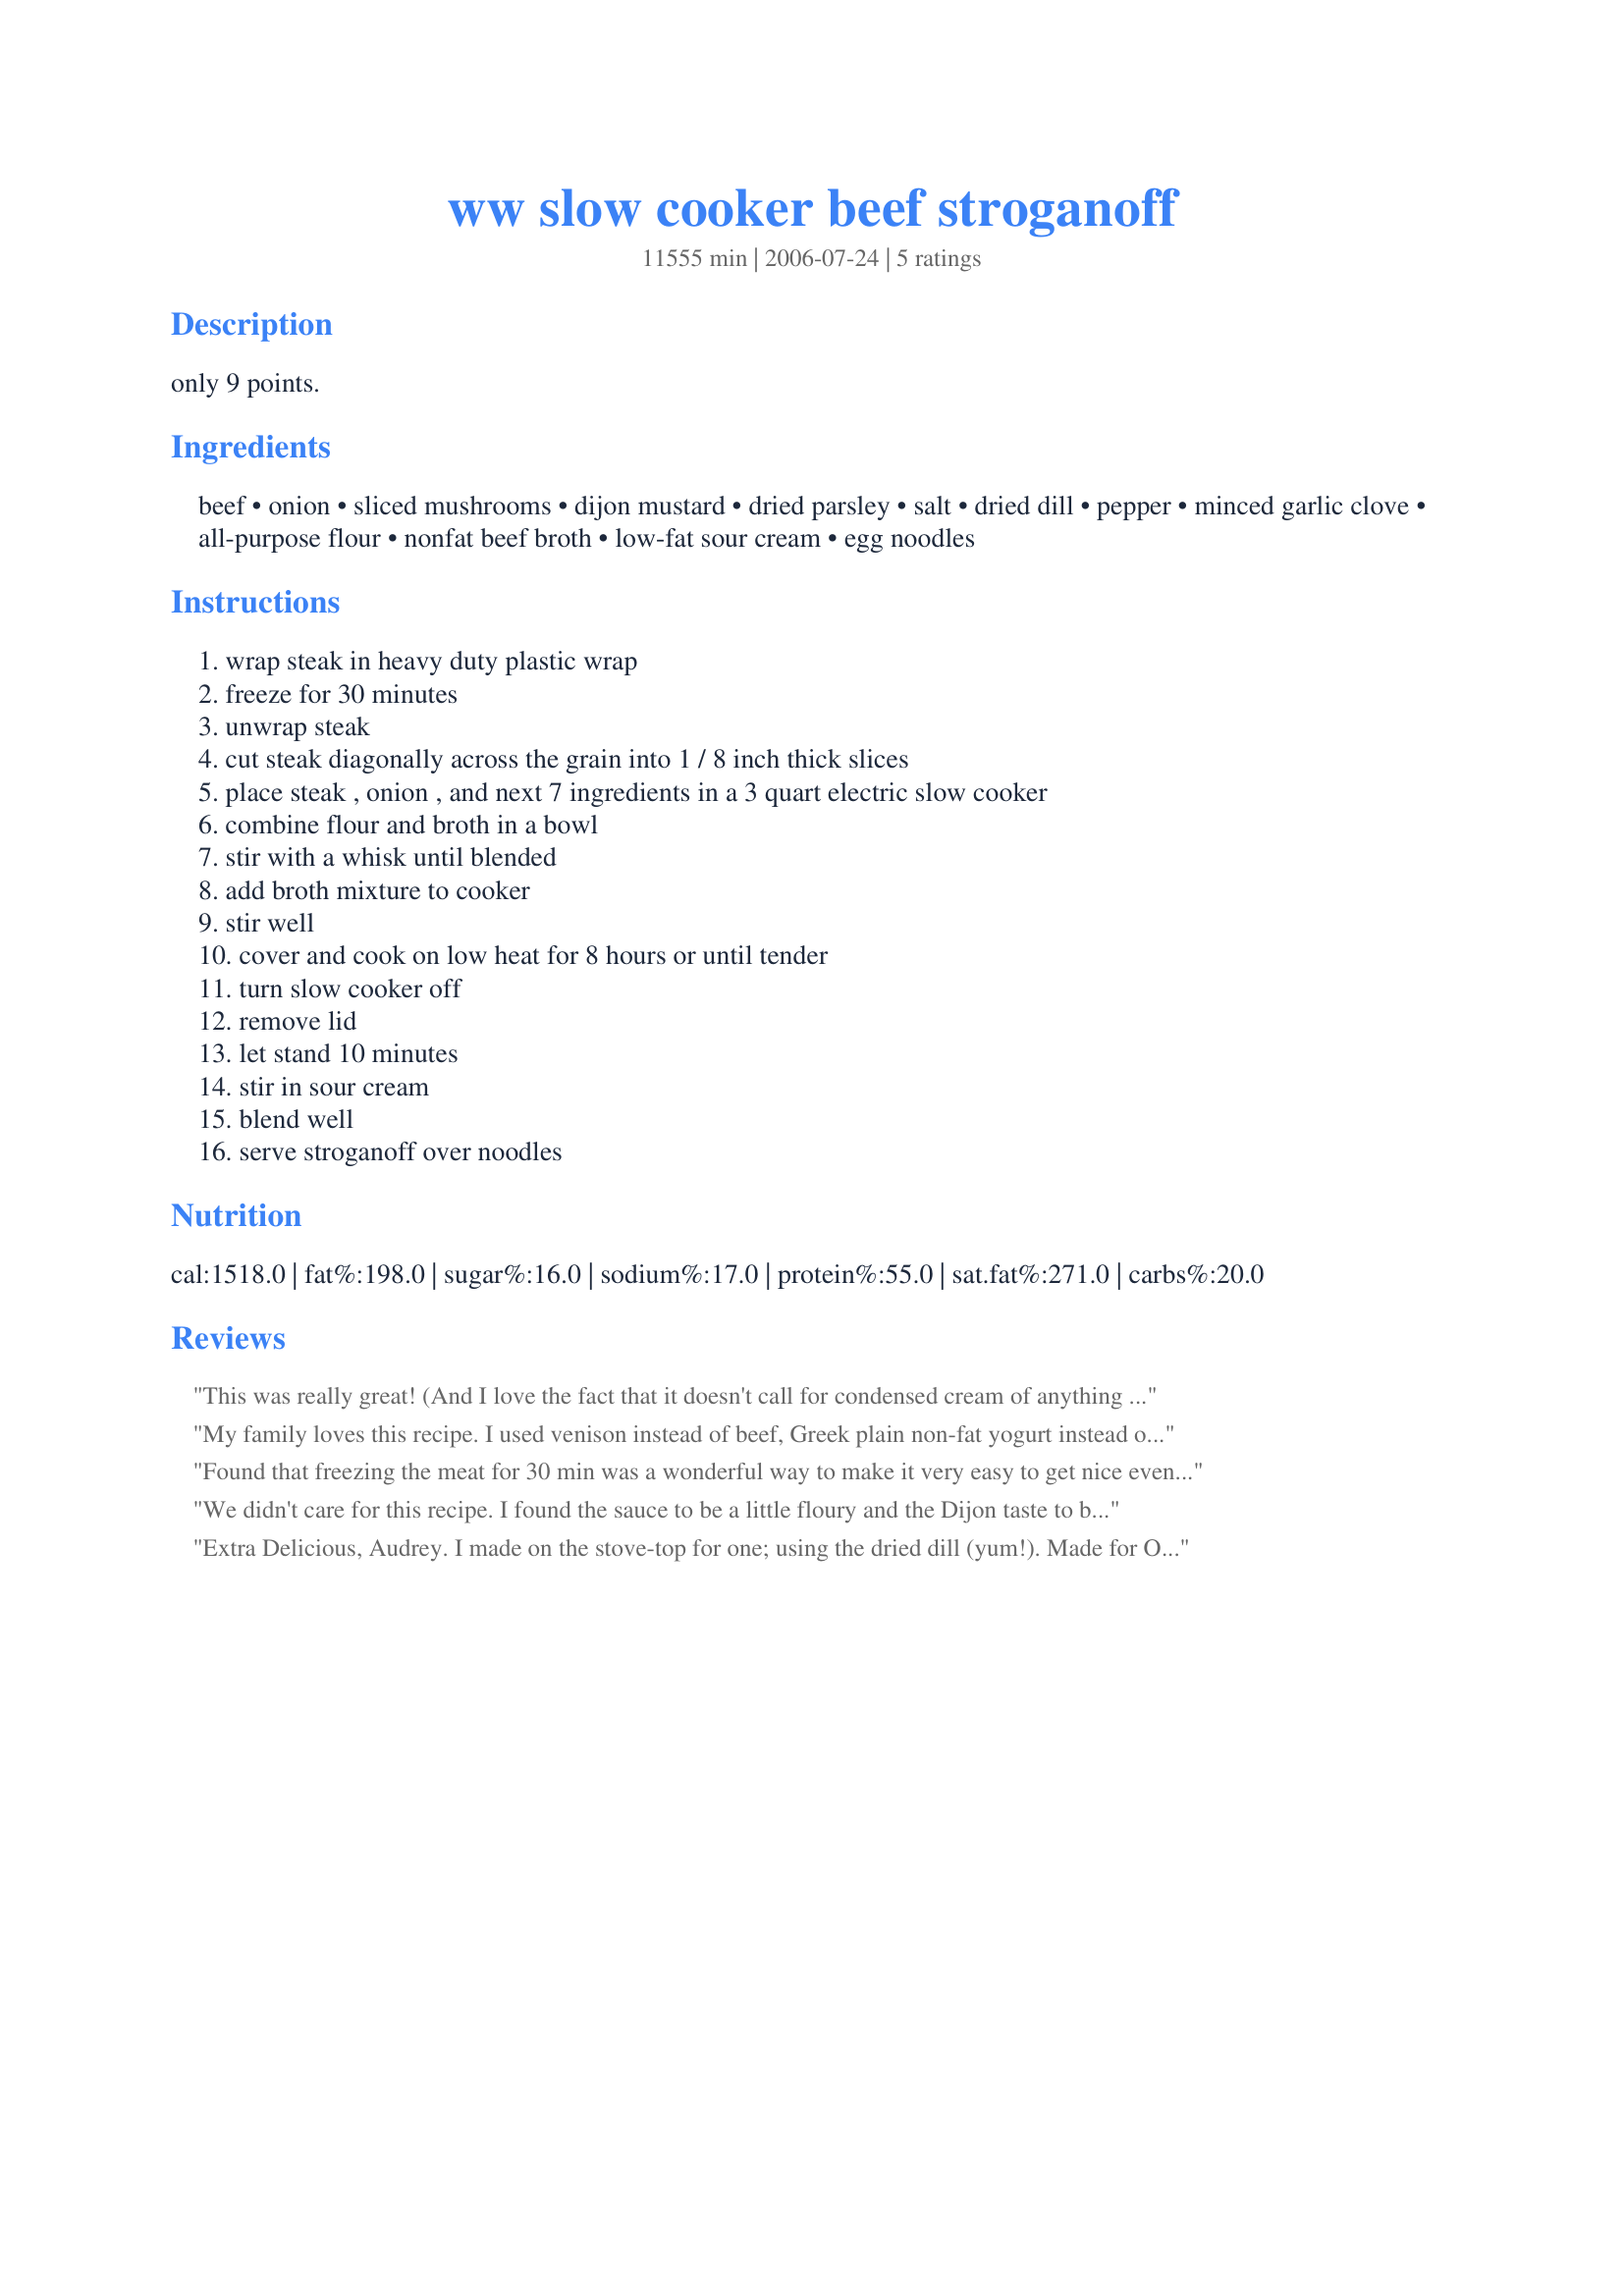
ww slow cooker beef stroganoff
Preparation time: 11555 minutes

only 9 points.

Ingredients:
beef, onion, sliced mushrooms, dijon mustard, dried parsley, salt, dried dill, pepper, minced garlic clove, all-purpose flour, nonfat beef broth, low-fat sour cream, egg noodles

Steps:
wrap steak in heavy duty plastic wrap, freeze for 30 minutes, unwrap steak, cut steak diagonally across the grain into 1 / 8 inch thick slices, place steak , onion , and next 7 ingredients in a 3 quart electric slow cooker, combine flour and broth in a bowl, stir with a whisk until blended, add broth mixture to cooker, stir well, cover and cook on low heat for 8 hours or until tender, turn slow cooker off, remove lid, let stand 10 minutes, stir in sour cream, blend well, serve stroganoff over noodles

Reviews:
This was really great! (And I love the fact that it doesn't call for condensed cream of anything soup!) It turned out really smooth and flavorful. I made it with venison, and the meat was tender and moist and not overdone at all (I'm sure beef would be excellent also), the sauce/gravy was a little onion-ey for my taste and needed a bit more dijon zip, I think, so next time I'll double the dijon and cut back on the onion a bit, but that's just my personal preference! Otherwise, it was a total hit. And I'm happy to report the leftovers make an excellent lunch the next day! Thanks for a great recipe!
My family loves this recipe. I used venison instead of beef, Greek plain non-fat yogurt instead of sour cream, portabello sliced mushrooms, and fresh, chopped Italian parsley. If there are any leftovers, they don't last long!
Found that freezing the meat for 30 min was a wonderful way to make it very easy to get nice even slices very easily.
We didn't care for this recipe. I found the sauce to be a little floury and the Dijon taste to be too strong.
Extra Delicious, Audrey. I made on the stove-top for one; using the dried dill (yum!).
Made for One Dish Wonders in Cooking Photos.
